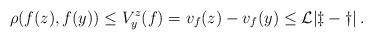
LaTeX: \begin{align*}\rho (f(z), f(y)) \le V_{y}^{z} (f) = v_f(z)- v_f(y) \le \cal{L} |z-y|\,. \end{align*}